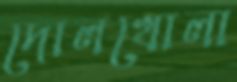
দোলখোলা